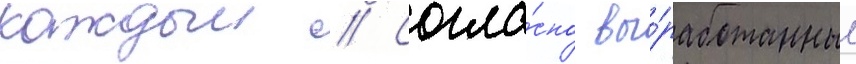
каждыи // Согла́сно вы́работанным